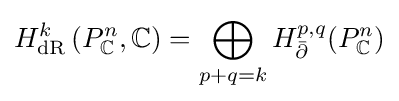
H_{\rm {dR}}^{k}\left(P_{\mathbb {C} }^{n},\mathbb {C} \right)=\bigoplus _{p+q=k}H_{\bar {\partial }}^{p,q}(P_{\mathbb {C} }^{n})